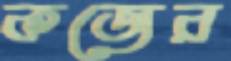
কজের